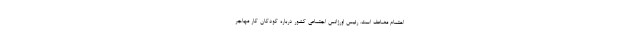
اهتمام مضاعف است. رئیس اورژانس اجتماعی کشور درباره کودکان کار مهاجر